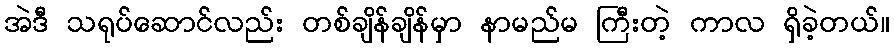
အဲဒီ သရုပ်ဆောင်လည်း တစ်ချိန်ချိန်မှာ နာမည်မ ကြီးတဲ့ ကာလ ရှိခဲ့တယ်။